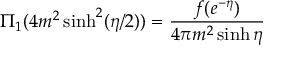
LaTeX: \Pi _ { 1 } ( 4 m ^ { 2 } \sinh ^ { 2 } ( \eta / 2 ) ) = { \frac { f ( e ^ { - \eta } ) } { 4 \pi m ^ { 2 } \sinh { \eta } } }